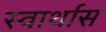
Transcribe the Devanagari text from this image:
स्वार्थास